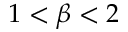
1 < \beta < 2